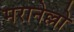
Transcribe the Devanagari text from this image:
मरानेल्लो